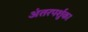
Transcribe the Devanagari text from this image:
अंतरपर्शुका